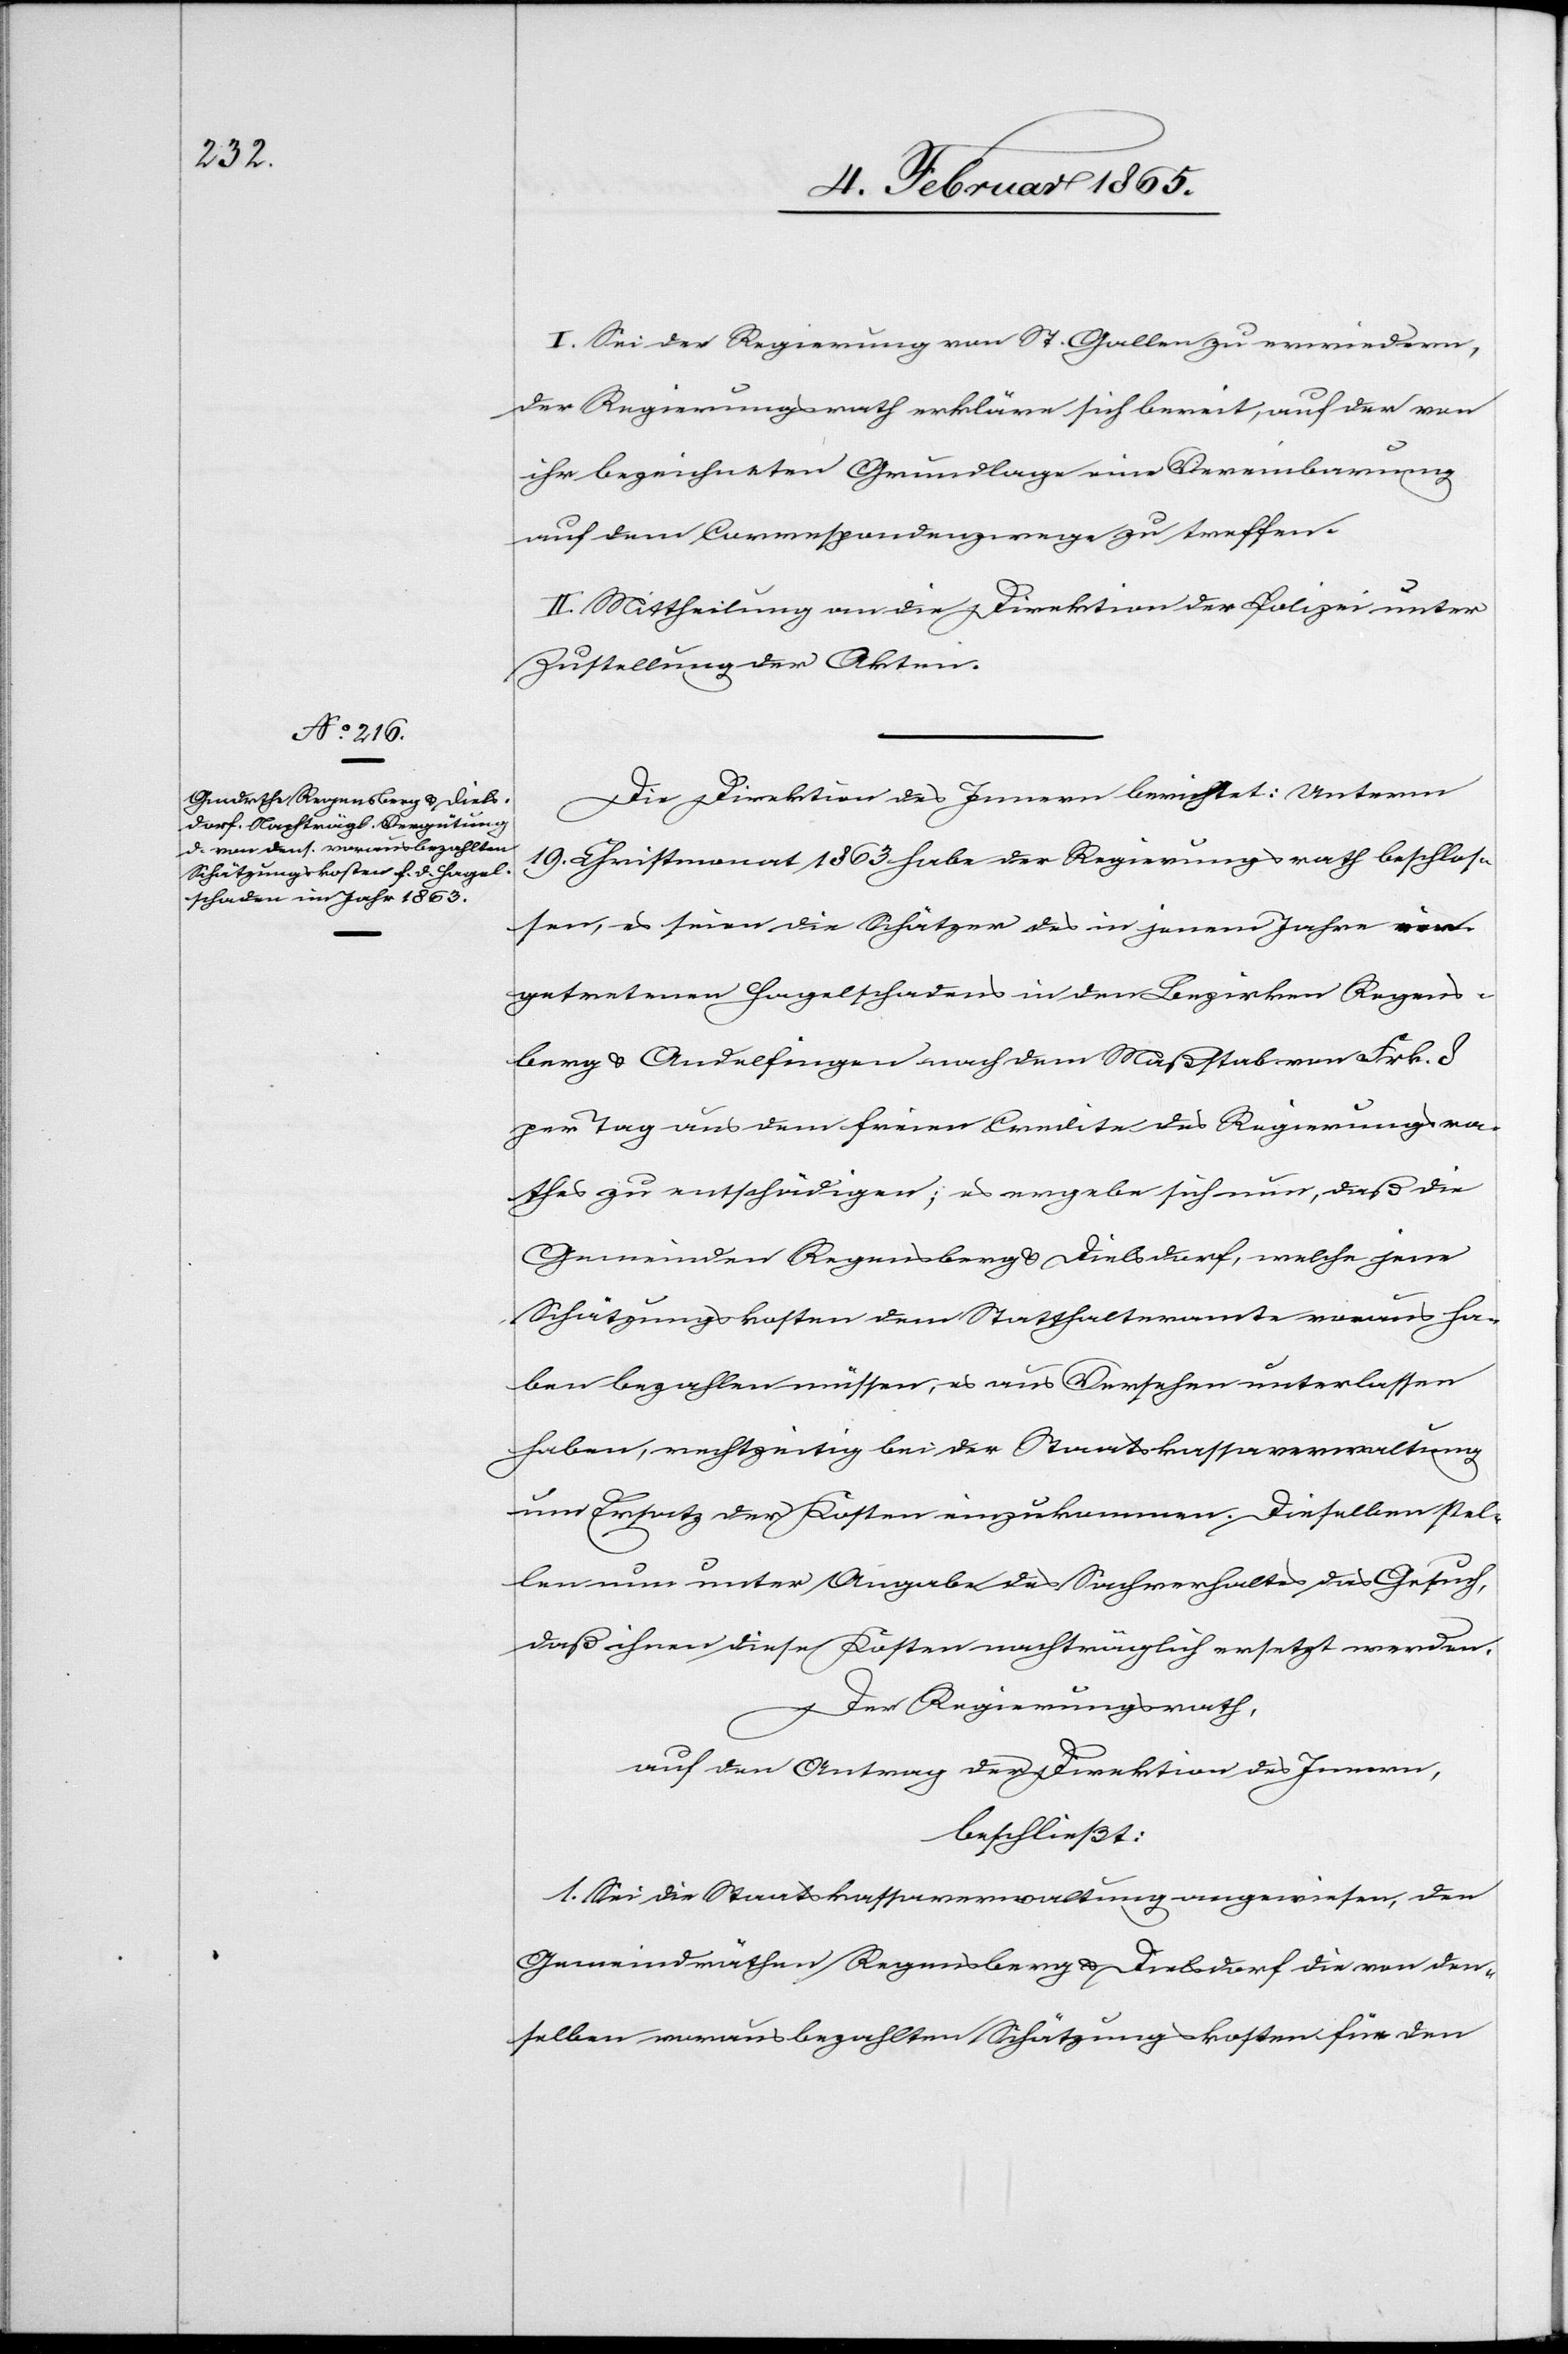
I. Sei der Regierung von St. Gallen zu erwiedern,
der Regierungsrath erkläre sich bereit, auf der von
ihr bezeichneten Grundlage eine Vereinbarung
auf dem Correspondenzwege zu treffen.
II. Mittheilung an die Direktion der Polizei unter
Zustellung der Akten.
Die Direktion des Innern berichtet: Unterm
19. Christmonat 1863 habe der Regierungsrath beschlos¬
sen, es seien die Schätzer des in jenem Jahre vor¬
getretenen Hagelschadens in den Bezirken Regens¬
berg u. Andelfingen nach dem Maßstab von Frk. 8
per Tag aus dem freien Credite des Regierungsra¬
thes zu entschädigen; es ergeben sich nun, daß die
Gemeinden Regensberg u. Dielsdorf, welche jene
Schätzungskosten dem Statthalteramte voraus ha¬
ben bezahlen müssen, es aus Versehen unterlassen
haben, rechtzeitig bei der Staatskassaverwaltung
um Ersatz der Kosten einzukommen. Dieselben stel¬
len nun unter Angabe des Sachverhaltes das Gesuch,
daß ihnen diese Kosten nachträglich ersetzt werden.
Der Regierungsrath,
auf den Antrag der Direktion des Innern,
beschließt:
1. Sei die Staatskassaverwaltung angewiesen, den
Gemeindräthen Regensberg u. Dielsdorf die von den¬
selben vorausbezahlten Schätzungskosten für den